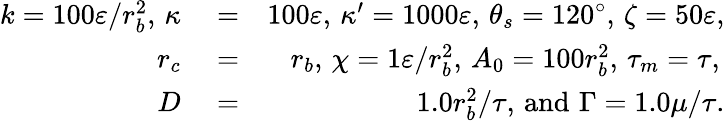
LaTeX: \begin{array}{rlr}{k=100\varepsilon/r_{b}^{2},\, \kappa}&{{}=}&{100\varepsilon,\, \kappa^{\prime}=1000\varepsilon,\, \theta_{s}=120^{\circ},\, \zeta=50\varepsilon,}\\ {r_{c}}&{{}=}&{r_{b},\, \chi=1\varepsilon/r_{b}^{2},\, A_{0}=100r_{b}^{2},\, \tau_{m}=\tau,\, }\\ {D}&{{}=}&{1.0r_{b}^{2}/\tau,\, \mathrm{and}\, \, \Gamma=1.0{\mu}/\tau.}\end{array}